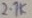
Text: 2.1K